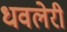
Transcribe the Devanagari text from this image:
धवलेरी